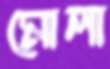
মোলা